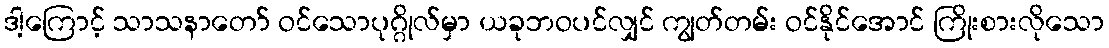
ဒါ့ကြောင့် သာသနာတော် ဝင်သောပုဂ္ဂိုလ်မှာ ယခုဘဝပင်လျှင် ကျွတ်တမ်း ဝင်နိုင်အောင် ကြိုးစားလိုသော